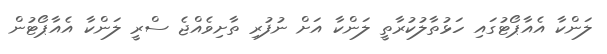
ލަންކާ އެއާޕޯޓުގައި ހަޅުތާލުކުރާތީ ލަންކާ އަށް ނުފުރި ތާށިވެއްޖެ ސްރީ ލަންކާ އެއާޕޯޓުން